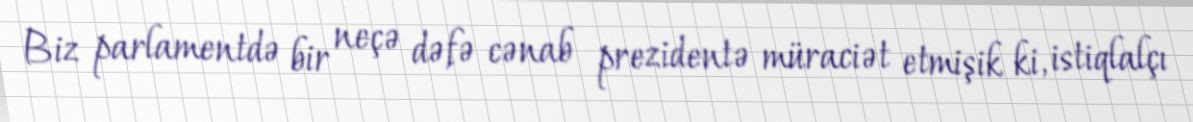
Biz parlamentdə bir neçə dəfə cənab prezidentə müraciət etmişik ki, istiqlalçı